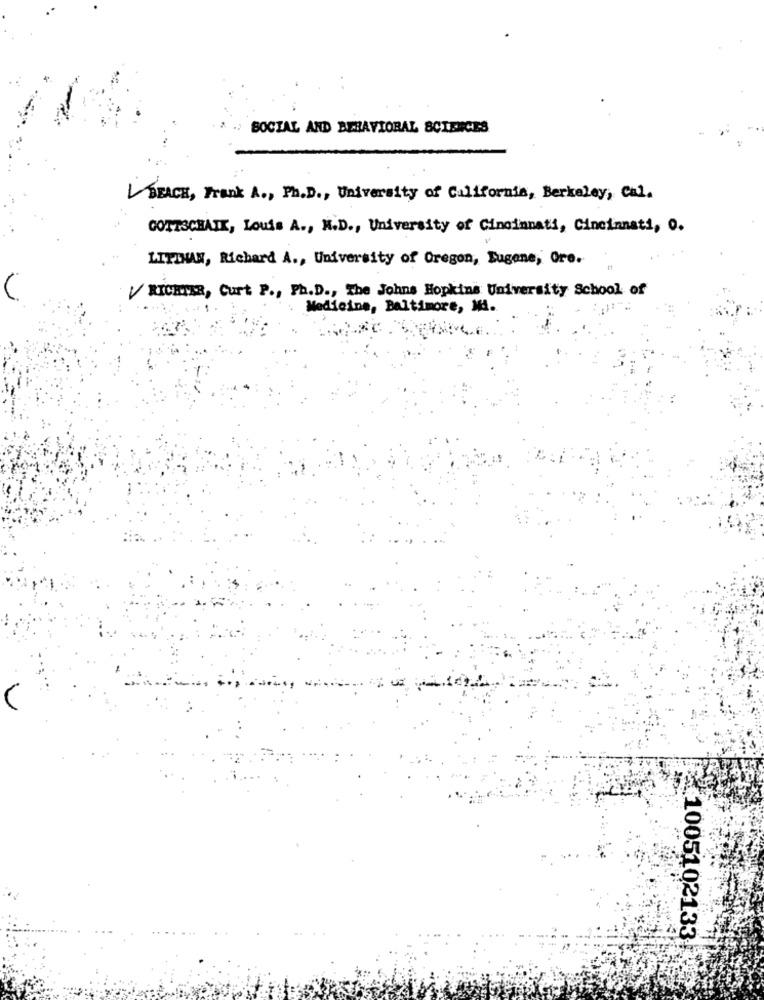
SOCIAL AND BEHAVIORAL SCIENCES
BEACH, Frank A ., Ph.D ., University of California, Berkeley, Cal.
GOTTSCHALK, Louis A ., M.D ., University of Cincinnati, Cincinnati, 0.
LITIMAN, Richard A ., University of Oregon, Eugene, Ore.
RICHTER, Curt P ., Ph.D ., The Johns Hopkins University School of
Medicine, Baltimore, Mi.
.1005102133